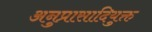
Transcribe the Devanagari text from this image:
अनुप्रासादियुक्त